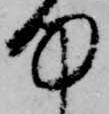
何